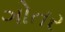
ગોતર